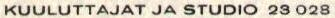
KUULUTTAJAT JA STUDIO 23 028